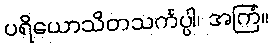
ပရိယောသိတသင်္ကပ္ပါ၊ အကြံ။